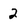
Character: 2